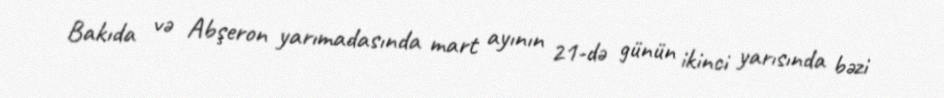
Bakıda və Abşeron yarımadasında mart ayının 21-də günün ikinci yarısında bəzi